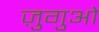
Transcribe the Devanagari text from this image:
ज़ुगुओ